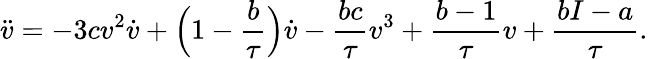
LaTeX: \ddot{v}=-3cv^{2}\dot{v}+\Big(1-\frac{b}{\tau}\Big)\dot{v}-\frac{bc}{\tau}v^{3}+\frac{b-1}{\tau}v+\frac{bI-a}{\tau}.